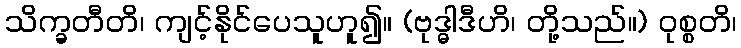
သိက္ခတီတိ၊ ကျင့်နိုင်ပေသူဟူ၍။ (ဗုဒ္ဓါဒီဟိ၊ တို့သည်။) ဝုစ္စတိ၊